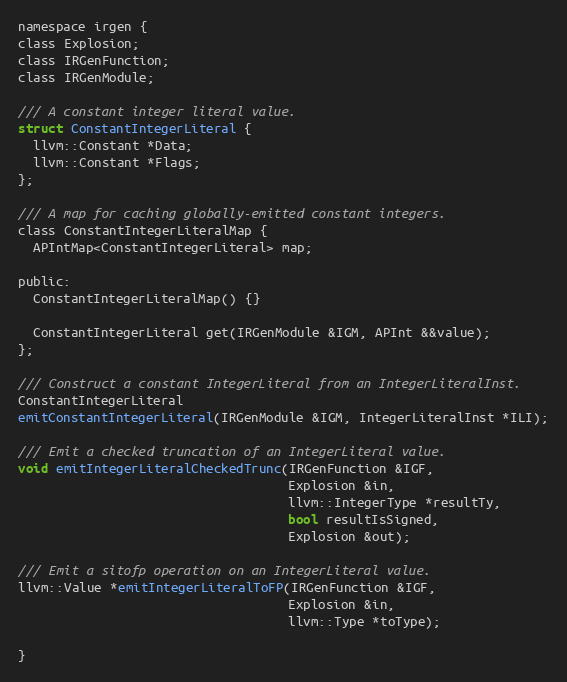
Language: C
namespace irgen {
class Explosion;
class IRGenFunction;
class IRGenModule;

/// A constant integer literal value.
struct ConstantIntegerLiteral {
  llvm::Constant *Data;
  llvm::Constant *Flags;
};

/// A map for caching globally-emitted constant integers.
class ConstantIntegerLiteralMap {
  APIntMap<ConstantIntegerLiteral> map;

public:
  ConstantIntegerLiteralMap() {}

  ConstantIntegerLiteral get(IRGenModule &IGM, APInt &&value);
};

/// Construct a constant IntegerLiteral from an IntegerLiteralInst.
ConstantIntegerLiteral
emitConstantIntegerLiteral(IRGenModule &IGM, IntegerLiteralInst *ILI);

/// Emit a checked truncation of an IntegerLiteral value.
void emitIntegerLiteralCheckedTrunc(IRGenFunction &IGF,
                                    Explosion &in,
                                    llvm::IntegerType *resultTy,
                                    bool resultIsSigned,
                                    Explosion &out);

/// Emit a sitofp operation on an IntegerLiteral value.
llvm::Value *emitIntegerLiteralToFP(IRGenFunction &IGF,
                                    Explosion &in,
                                    llvm::Type *toType);

}